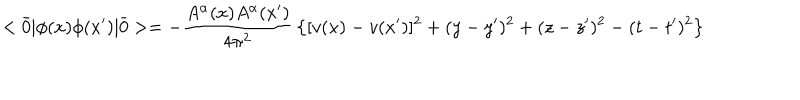
< \bar { 0 } | \phi ( x ) \phi ( x ^ { \prime } ) | \bar { 0 } > = - { \frac { A ^ { \alpha } ( x ) A ^ { \alpha } ( x ^ { \prime } ) } { 4 \pi ^ { 2 } } } \left\{ [ v ( x ) - v ( x ^ { \prime } ) ] ^ { 2 } + ( y - y ^ { \prime } ) ^ { 2 } + ( z - z ^ { \prime } ) ^ { 2 } - ( t - t ^ { \prime } ) ^ { 2 } \right\}